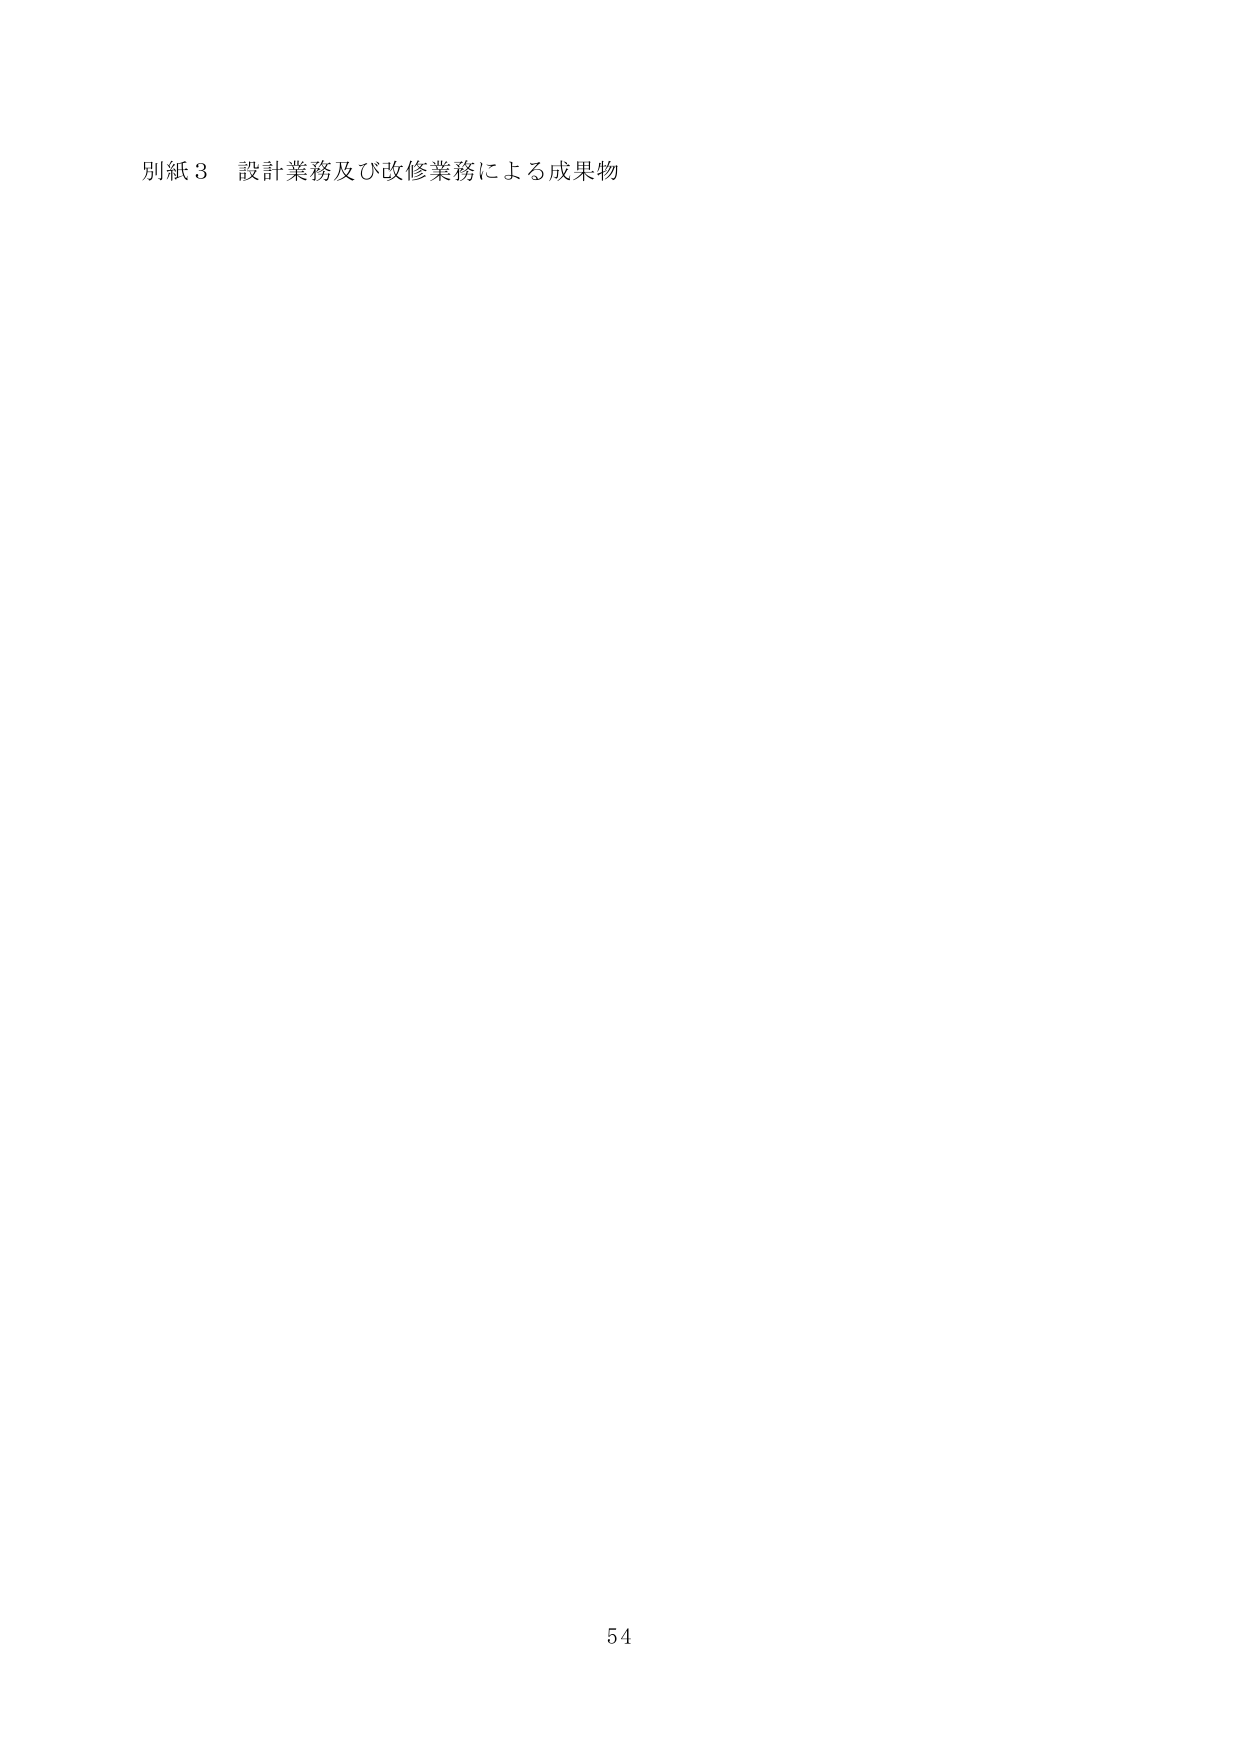
別紙３ 設計業務及び改修業務による成果物

54